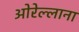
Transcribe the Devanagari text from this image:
ओरेल्लाना